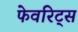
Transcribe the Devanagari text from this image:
फेवरिट्स